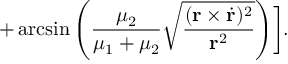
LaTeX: + \arcsin \left( \frac { \mu _ { 2 } } { \mu _ { 1 } + \mu _ { 2 } } \sqrt { \frac { ( { \bf r } \times \dot { { \bf r } } ) ^ { 2 } } { { \bf r } ^ { 2 } } } \right) \biggr ] .